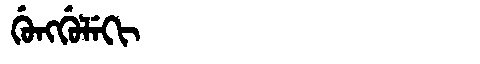
Manchu: ᡤᡠᠩᡤᡠᠯᡝᡴᡳ
Romanization: GUNGGULEKI